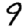
Digit: 9